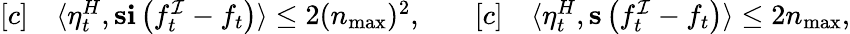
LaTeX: \begin{array}{rl}{[c]}&{{}\langle\eta_{t}^{H},\mathbf{s}\mathbf{i}\left(f_{t}^{\mathcal{I}}-f_{t}\right)\rangle\leq 2(n_{\operatorname*{max}})^{2},}\end{array}\quad\quad\begin{array}{rl}{[c]}&{{}\langle\eta_{t}^{H},\mathbf{s}\left(f_{t}^{\mathcal{I}}-f_{t}\right)\rangle\leq 2n_{\operatorname*{max}},}\end{array}